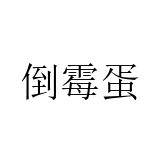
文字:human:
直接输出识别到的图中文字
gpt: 倒霉蛋